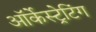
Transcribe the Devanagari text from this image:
ऑर्केस्ट्रेटिंग